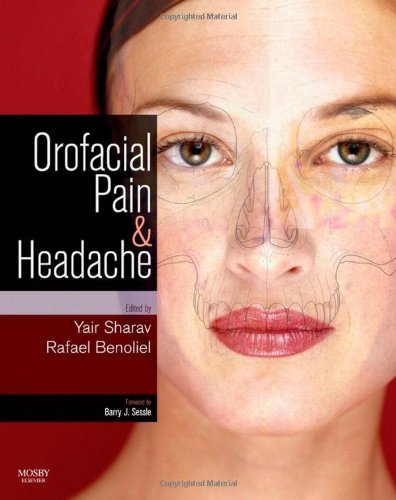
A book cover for Orofacial Pain and Headache, 1e; Medical Books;